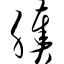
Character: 腠